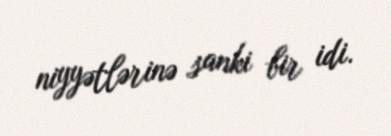
niyyətlərinə sanki bir idi.